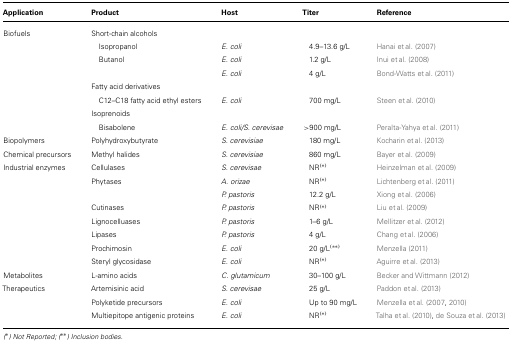
<table><thead><tr><td><b>Application</b></td><td><b>Product</b></td><td><b>Host</b></td><td><b>Titer</b></td><td><b>Reference</b></td></tr></thead><tbody><tr><td>Biofuels</td><td>Short-chain alcohols</td><td></td><td></td><td></td></tr><tr><td></td><td> Isopropanol</td><td><i>E. coli</i></td><td> 4.9–13.6 g/L</td><td>Hanai et al. (2007)</td></tr><tr><td></td><td>Butanol</td><td><i>E. coli</i></td><td> 1.2 g/L</td><td>Inui et al. (2008)</td></tr><tr><td></td><td></td><td><i>E. coli</i></td><td> 4 g/L</td><td>Bond-Watts et al. (2011)</td></tr><tr><td></td><td>Fatty acid derivatives</td></tr><tr><td></td><td>C12–C18 fatty acid ethyl esters</td><td><i>E. coli</i></td><td> 700 mg/L</td><td>Steen et al. (2010)</td></tr><tr><td></td><td>Isoprenoids</td></tr><tr><td></td><td>Bisabolene</td><td><i>E. coli/S. cerevisae</i></td><td>&gt;900 mg/L</td><td>Peralta-Yahya et al. (2011)</td></tr><tr><td>Biopolymers</td><td>Polyhydroxybutyrate</td><td><i>S. cerevisiae</i></td><td> 180 mg/L</td><td>Kocharin et al. (2013)</td></tr><tr><td>Chemical precursors</td><td>Methyl halides</td><td><i>S. cerevisiae</i></td><td>860 mg/L</td><td>Bayer et al. (2009)</td></tr><tr><td>Industrial enzymes</td><td>Cellulases</td><td><i>S. cerevisae</i></td><td>NR <sup>*</sup></td><td>Heinzelman et al. (2009)</td></tr><tr><td></td><td>Phytases</td><td><i>A. orizae</i></td><td>NR <sup>*</sup></td><td>Lichtenberg et al. (2011)</td></tr><tr><td></td><td></td><td><i>P. pastoris</i></td><td>12.2 g/L</td><td>Xiong et al. (2006)</td></tr><tr><td></td><td>Cutinases</td><td><i>P. pastoris</i></td><td>NR <sup>*</sup></td><td>Liu et al. (2009)</td></tr><tr><td></td><td>Lignocelluases</td><td><i>P. pastoris</i></td><td>1–6 g/L</td><td>Mellitzer et al. (2012)</td></tr><tr><td></td><td>Lipases</td><td><i>P. pastoris</i></td><td>4 g/L</td><td>Chang et al. (2006)</td></tr><tr><td></td><td>Prochimosin</td><td><i>E. coli</i></td><td>20 g/L <sup>**</sup></td><td>Menzella (2011)</td></tr><tr><td></td><td>Steryl glycosidase</td><td><i>E. coli</i></td><td>NR <sup>*</sup></td><td>Aguirre et al. (2013)</td></tr><tr><td>Metabolites</td><td>L-amino acids</td><td><i>C. glutamicum</i></td><td>30–100 g/L</td><td>Becker and Wittmann (2012)</td></tr><tr><td>Therapeutics</td><td>Artemisinic acid</td><td><i>S. cerevisae</i></td><td>25 g/L</td><td>Paddon et al. (2013)</td></tr><tr><td></td><td>Polyketide precursors</td><td><i>E. coli</i></td><td>Up to 90 mg/L</td><td>Menzella et al. (2007,2010)</td></tr><tr><td></td><td>Multiepitope antigenic proteins</td><td><i>E. coli</i></td><td>NR <sup>*</sup></td><td>Talha et al. (2010), de Souza et al. (2013)</td></tr></tbody></table>